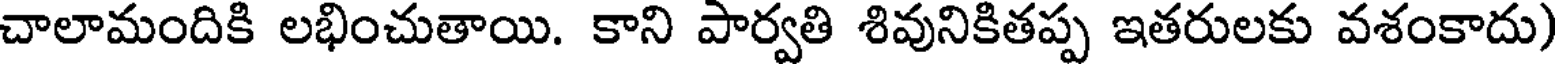
చాలామందికి లభించుతాయి. కాని పార్వతి శివునికితప్ప ఇతరులకు వశంకాదు)